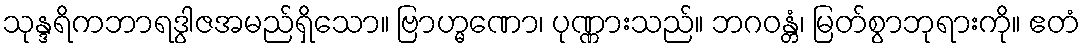
သုန္ဒရိကဘာရဒွါဇအမည်ရှိသော။ ဗြာဟ္မဏော၊ ပုဏ္ဏားသည်။ ဘဂဝန္တံ၊ မြတ်စွာဘုရားကို။ ဧတံ